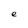
Character: e